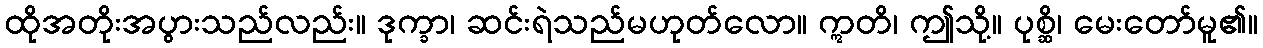
ထိုအတိုးအပွားသည်လည်း။ ဒုက္ခာ၊ ဆင်းရဲသည်မဟုတ်လော။ ဣတိ၊ ဤသို့။ ပုစ္ဆိ၊ မေးတော်မူ၏။